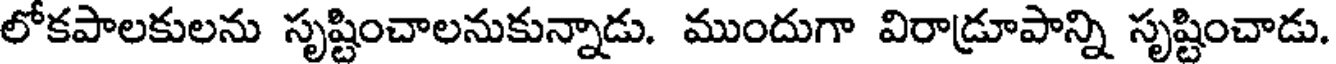
లోకపాలకులను సృష్టించాలనుకున్నాడు. ముందుగా విరాడ్రూపాన్ని సృష్టించాడు.